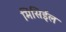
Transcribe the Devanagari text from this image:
मिसिईल